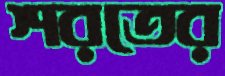
শরতের